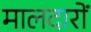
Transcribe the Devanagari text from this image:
मालदारों